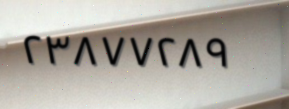
٢٣٨٧٧٢٨٩